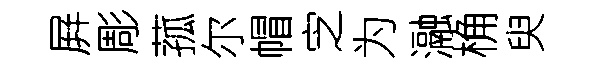
屛彫菰尔帽㝎为瀜桷臾